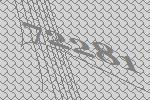
72281